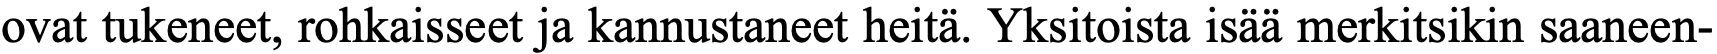
ovat tukeneet, rohkaisseet ja kannustaneet heitä. Yksitoista isää merkitsikin saaneen-